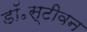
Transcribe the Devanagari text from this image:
डॉ॰स्टीवन